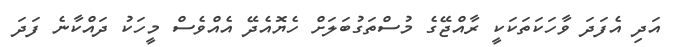
އަދި އެފަދަ ވާހަކަތަކަކީ ރާއްޖޭގެ މުސްތަގުބަލަށް ހެޔޮއެދޭ އެއްވެސް މީހަކު ދައްކާނެ ފަދަ